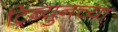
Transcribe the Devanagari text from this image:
ट्रिब्युनच्या